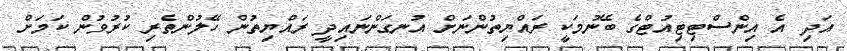
އަދި އެ އިންސްޓިޓިއުޓްގެ ބޭނުމަކީ ރައްޔިތުންނަށް އުނގަންނައިދީ ރައްޔިތުން ހޭލުންތެރި ކުރުވުން ކަމަށް